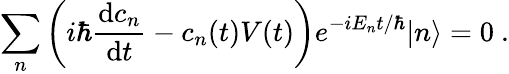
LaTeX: \sum_{n}\left(i\hbar{\frac{\mathrm{d}c_{n}}{\mathrm{d}t}}-c_{n}(t)V(t)\right)e^{-iE_{n}t/\hbar}|n\rangle=0~.